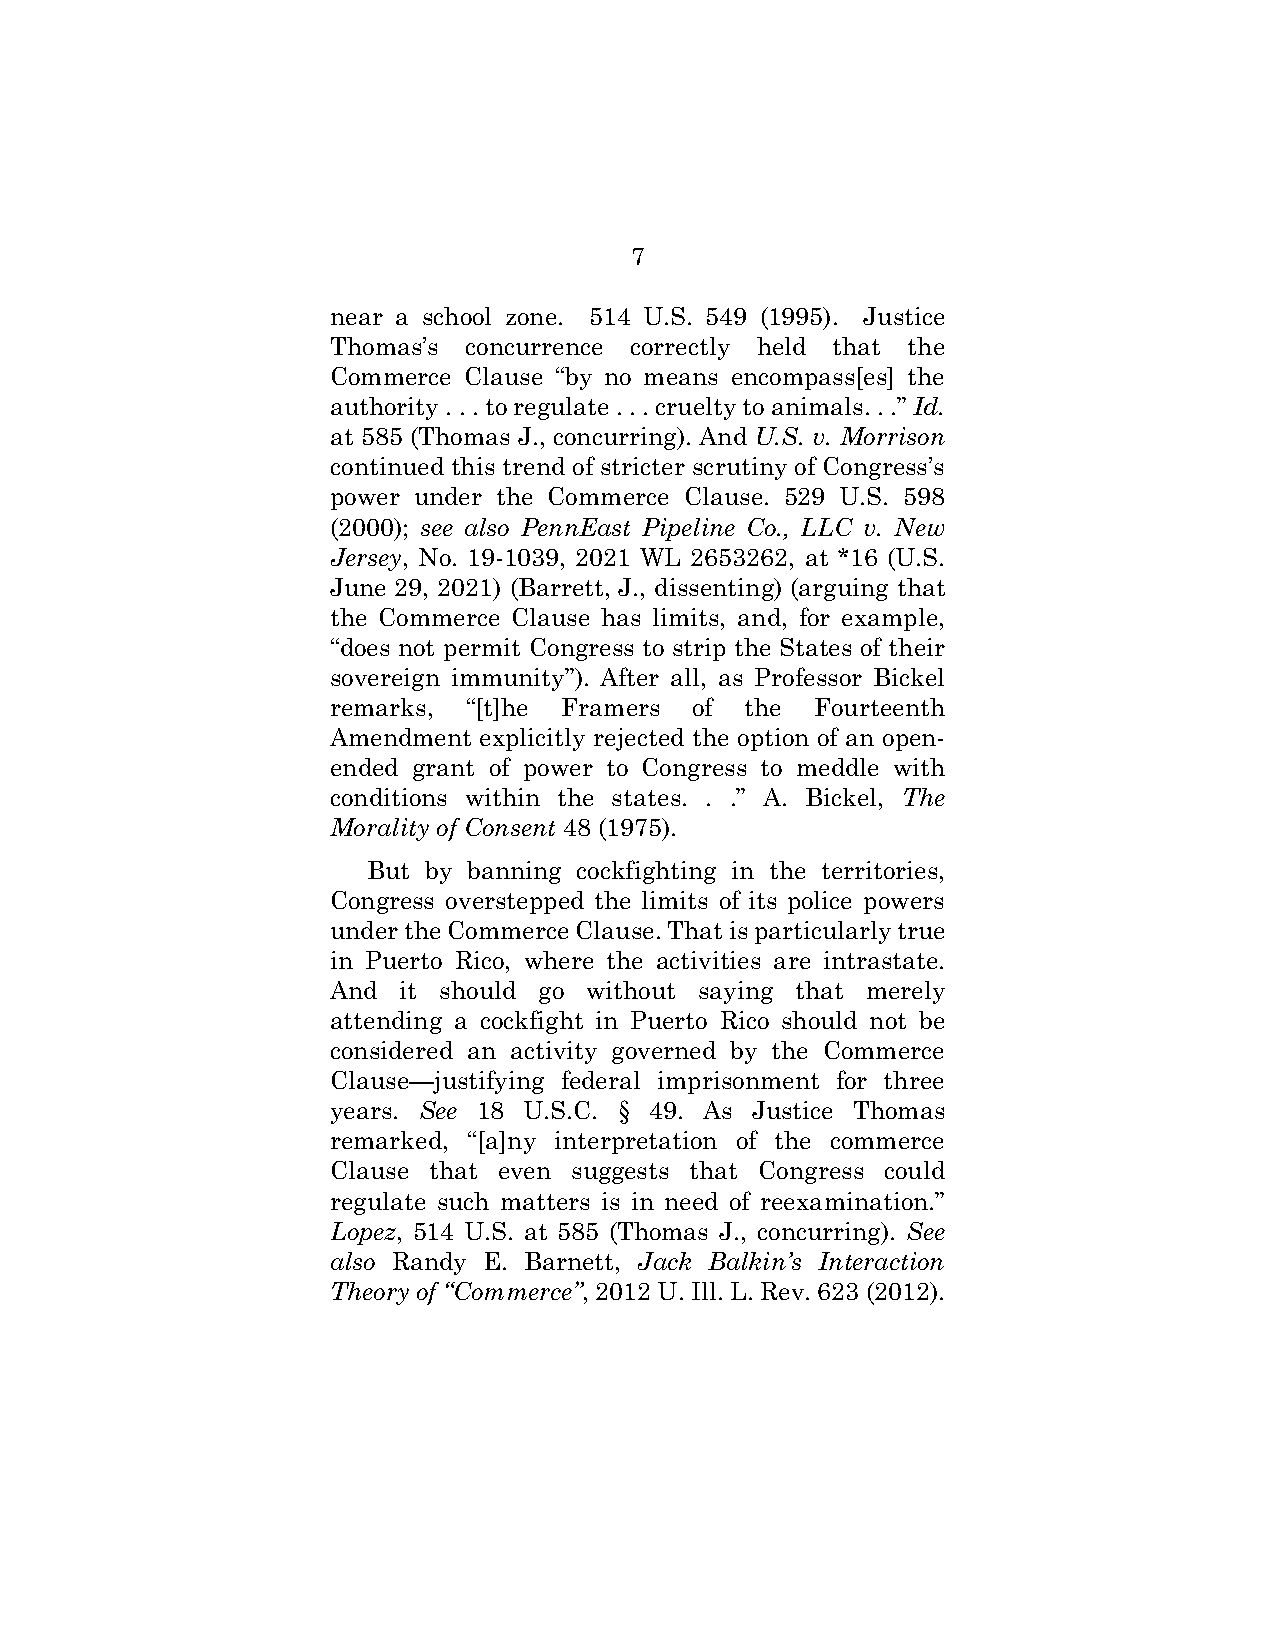
7
 near a school zone. 514 U.S. 549 (1995). Justice
 Thomas’s concurrence correctly held that the
 Commerce Clause “by no means encompass[es] the
 authority . . . to regulate . . . cruelty to animals. . .” Id.
 at 585 (Thomas J., concurring). And U.S. v. Morrison
 continued this trend of stricter scrutiny of Congress’s
 power under the Commerce Clause. 529 U.S. 598
 (2000); see also PennEast Pipeline Co., LLC v. New
 Jersey, No. 19-1039, 2021 WL 2653262, at *16 (U.S.
 June 29, 2021) (Barrett, J., dissenting) (arguing that
 the Commerce Clause has limits, and, for example,
 “does not permit Congress to strip the States of their
 sovereign immunity”). After all, as Professor Bickel
 remarks, “[t]he Framers of the  Fourteenth
 Amendment explicitly rejected the option of an open-
 ended grant of power to Congress to meddle with
 conditions within the states. . .” A. Bickel, The
 Morality of Consent 48 (1975).
 But by banning cockfighting in the territories,
 Congress overstepped the limits of its police powers
 under the Commerce Clause. That is particularly true
 in Puerto Rico, where the activities are intrastate.
 And it should go without saying that merely
 attending a cockfight in Puerto Rico should not be
 considered an activity governed by the Commerce
 Clause—justifying federal imprisonment for three
 years. See 18 U.S.C. § 49. As Justice Thomas
 remarked, “[a]ny interpretation of the commerce
 Clause that even suggests that Congress could
 regulate such matters is in need of reexamination.”
 Lopez, 514 U.S. at 585 (Thomas J., concurring). See
 also Randy E. Barnett, Jack Balkin’s Interaction
 Theory of “Commerce”, 2012 U. Ill. L. Rev. 623 (2012).